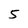
Character: 5